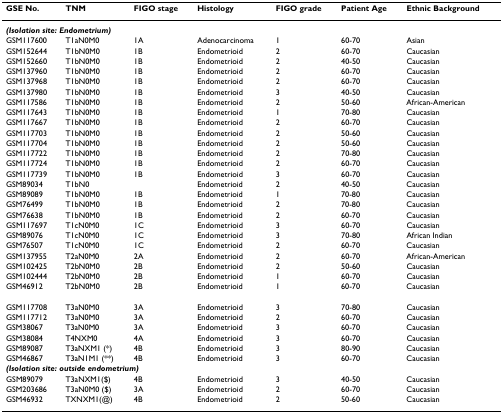
<table><thead><tr><td><b>GSE No.</b></td><td><b>TNM</b></td><td><b>FIGO stage</b></td><td><b>Histology</b></td><td><b>FIGO grade</b></td><td><b>Patient Age</b></td><td><b>Ethnic Background</b></td></tr></thead><tbody><tr><td colspan="7"><b><i>(Isolation site: Endometrium)</i></b></td></tr><tr><td>GSM117600</td><td>T1aN0M0</td><td>1A</td><td>Adenocarcinoma</td><td>1</td><td>60-70</td><td>Asian</td></tr><tr><td>GSM152644</td><td>T1bN0M0</td><td>1B</td><td>Endometrioid</td><td>2</td><td>60-70</td><td>Caucasian</td></tr><tr><td>GSM152660</td><td>T1bN0M0</td><td>1B</td><td>Endometrioid</td><td>2</td><td>40-50</td><td>Caucasian</td></tr><tr><td>GSM137960</td><td>T1bN0M0</td><td>1B</td><td>Endometrioid</td><td>2</td><td>60-70</td><td>Caucasian</td></tr><tr><td>GSM137968</td><td>T1bN0M0</td><td>1B</td><td>Endometrioid</td><td>2</td><td>60-70</td><td>Caucasian</td></tr><tr><td>GSM137980</td><td>T1bN0M0</td><td>1B</td><td>Endometrioid</td><td>3</td><td>40-50</td><td>Caucasian</td></tr><tr><td>GSM117586</td><td>T1bN0M0</td><td>1B</td><td>Endometrioid</td><td>2</td><td>50-60</td><td>African-American</td></tr><tr><td>GSM117643</td><td>T1bN0M0</td><td>1B</td><td>Endometrioid</td><td>1</td><td>70-80</td><td>Caucasian</td></tr><tr><td>GSM117667</td><td>T1bN0M0</td><td>1B</td><td>Endometrioid</td><td>2</td><td>60-70</td><td>Caucasian</td></tr><tr><td>GSM117703</td><td>T1bN0M0</td><td>1B</td><td>Endometrioid</td><td>2</td><td>50-60</td><td>Caucasian</td></tr><tr><td>GSM117704</td><td>T1bN0M0</td><td>1B</td><td>Endometrioid</td><td>2</td><td>50-60</td><td>Caucasian</td></tr><tr><td>GSM117722</td><td>T1bN0M0</td><td>1B</td><td>Endometrioid</td><td>2</td><td>70-80</td><td>Caucasian</td></tr><tr><td>GSM117724</td><td>T1bN0M0</td><td>1B</td><td>Endometrioid</td><td>2</td><td>60-70</td><td>Caucasian</td></tr><tr><td>GSM117739</td><td>T1bN0M0</td><td>1B</td><td>Endometrioid</td><td>3</td><td>60-70</td><td>Caucasian</td></tr><tr><td>GSM89034</td><td>T1bN0</td><td></td><td>Endometrioid</td><td>2</td><td>40-50</td><td>Caucasian</td></tr><tr><td>GSM89089</td><td>T1bN0M0</td><td>1B</td><td>Endometrioid</td><td>1</td><td>70-80</td><td>Caucasian</td></tr><tr><td>GSM76499</td><td>T1bN0M0</td><td>1B</td><td>Endometrioid</td><td>2</td><td>70-80</td><td>Caucasian</td></tr><tr><td>GSM76638</td><td>T1bN0M0</td><td>1B</td><td>Endometrioid</td><td>2</td><td>60-70</td><td>Caucasian</td></tr><tr><td>GSM117697</td><td>T1cN0M0</td><td>1C</td><td>Endometrioid</td><td>3</td><td>60-70</td><td>Caucasian</td></tr><tr><td>GSM89076</td><td>T1cN0M0</td><td>1C</td><td>Endometrioid</td><td>3</td><td>70-80</td><td>African Indian</td></tr><tr><td>GSM76507</td><td>T1cN0M0</td><td>1C</td><td>Endometrioid</td><td>2</td><td>60-70</td><td>Caucasian</td></tr><tr><td>GSM137955</td><td>T2aN0M0</td><td>2A</td><td>Endometrioid</td><td>2</td><td>60-70</td><td>African-American</td></tr><tr><td>GSM102425</td><td>T2bN0M0</td><td>2B</td><td>Endometrioid</td><td>2</td><td>50-60</td><td>Caucasian</td></tr><tr><td>GSM102444</td><td>T2bN0M0</td><td>2B</td><td>Endometrioid</td><td>1</td><td>60-70</td><td>Caucasian</td></tr><tr><td>GSM46912</td><td>T2bN0M0</td><td>2B</td><td>Endometrioid</td><td>1</td><td>60-70</td><td>Caucasian</td></tr><tr><td>GSM117708</td><td>T3aN0M0</td><td>3A</td><td>Endometrioid</td><td>3</td><td>70-80</td><td>Caucasian</td></tr><tr><td>GSM117712</td><td>T3aN0M0</td><td>3A</td><td>Endometrioid</td><td>2</td><td>60-70</td><td>Caucasian</td></tr><tr><td>GSM38067</td><td>T3aN0M0</td><td>3A</td><td>Endometrioid</td><td>3</td><td>60-70</td><td>Caucasian</td></tr><tr><td>GSM38084</td><td>T4NXM0</td><td>4A</td><td>Endometrioid</td><td>3</td><td>60-70</td><td>Caucasian</td></tr><tr><td>GSM89087</td><td>T3aNXM1 (*)</td><td>4B</td><td>Endometrioid</td><td>3</td><td>80-90</td><td>Caucasian</td></tr><tr><td>GSM46867</td><td>T3aN1M1 (**)</td><td>4B</td><td>Endometrioid</td><td>3</td><td>60-70</td><td>Caucasian</td></tr><tr><td colspan="7"><b><i>(Isolation site: outside endometrium)</i></b></td></tr><tr><td>GSM89079</td><td>T3aNXM1($)</td><td>4B</td><td>Endometrioid</td><td>3</td><td>40-50</td><td>Caucasian</td></tr><tr><td>GSM203686</td><td>T3aN0M0 ($)</td><td>3A</td><td>Endometrioid</td><td>2</td><td>60-70</td><td>Caucasian</td></tr><tr><td>GSM46932</td><td>TXNXM1(@)</td><td>4B</td><td>Endometrioid</td><td>2</td><td>50-60</td><td>Caucasian</td></tr></tbody></table>